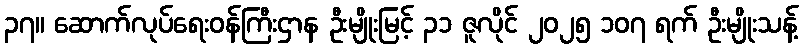
၃၇။ ဆောက်လုပ်ရေးဝန်ကြီးဌာန ဦးမျိုးမြင့် ၃၁ ဇူလိုင် ၂၀၂၅ ၁၀၇ ရက် ဦးမျိုးသန့်